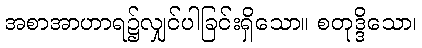
အစာအာဟာရ၌လျှင်ပါခြင်းရှိသော။ စတုဒ္ဒိသော၊